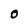
Character: 0